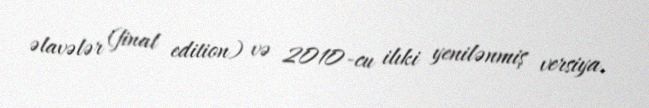
əlavələr (final edition) və 2010-cu ilıki yenilənmiş versiya.